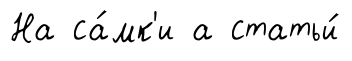
На са́мк'и а статьи́